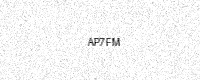
Text: AP7FM